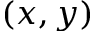
( x , y )